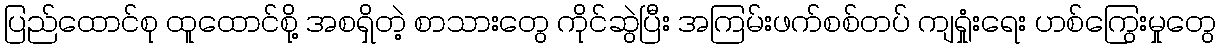
ပြည်ထောင်စု ထူထောင်စို့ အစရှိတဲ့ စာသားတွေ ကိုင်ဆွဲပြီး အကြမ်းဖက်စစ်တပ် ကျရှုံးရေး ဟစ်ကြွေးမှုတွေ